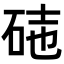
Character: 𥒃